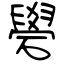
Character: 礐